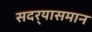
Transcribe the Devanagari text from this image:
सदर्‍यासमान